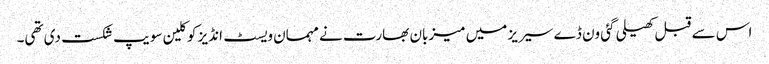
اس سے قبل کھیلی گئی ون ڈے سیریز میں میزبان بھارت نے مہمان ویسٹ انڈیز کو کلین سویپ شکست دی تھی۔